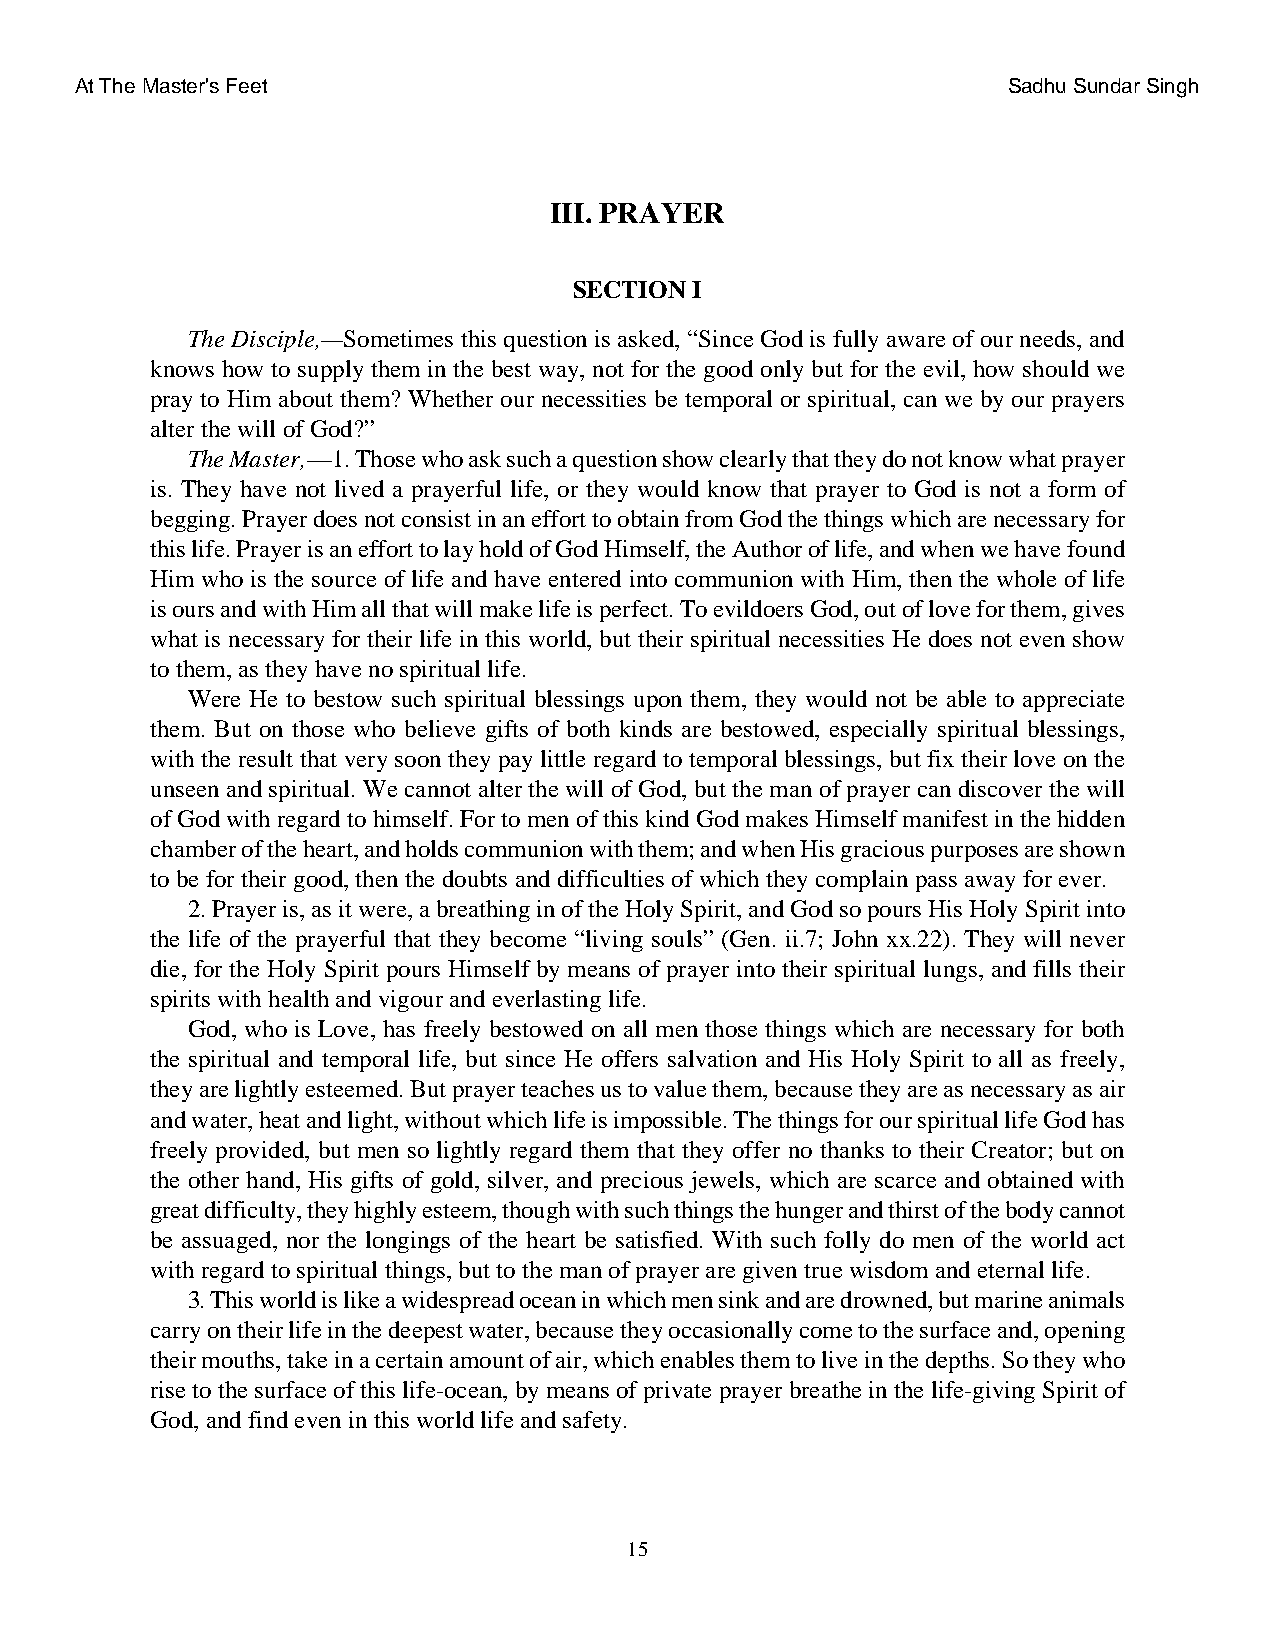
At The Master's Feet                                          Sadhu Sundar Singh
 III. PRAYER
 SECTION I
 The Disciple,—Sometimes this question is asked, “Since God is fully aware of our needs, and
 knows how to supply them in the best way, not for the good only but for the evil, how should we
 pray to Him about them? Whether our necessities be temporal or spiritual, can we by our prayers
 alter the will of God?”
 The Master,—1. Those who ask such a question show clearly that they do not know what prayer
 is. They have not lived a prayerful life, or they would know that prayer to God is not a form of
 begging. Prayer does not consist in an effort to obtain from God the things which are necessary for
 this life. Prayer is an effort to lay hold of God Himself, the Author of life, and when we have found
 Him who is the source of life and have entered into communion with Him, then the whole of life
 is ours and with Him all that will make life is perfect. To evildoers God, out of love for them, gives
 what is necessary for their life in this world, but their spiritual necessities He does not even show
 to them, as they have no spiritual life.
 Were He to bestow such spiritual blessings upon them, they would not be able to appreciate
 them. But on those who believe gifts of both kinds are bestowed, especially spiritual blessings,
 with the result that very soon they pay little regard to temporal blessings, but fix their love on the
 unseen and spiritual. We cannot alter the will of God, but the man of prayer can discover the will
 of God with regard to himself. For to men of this kind God makes Himself manifest in the hidden
 chamber of the heart, and holds communion with them; and when His gracious purposes are shown
 to be for their good, then the doubts and difficulties of which they complain pass away for ever.
 2. Prayer is, as it were, a breathing in of the Holy Spirit, and God so pours His Holy Spirit into
 the life of the prayerful that they become “living souls” (Gen. ii.7; John xx.22). They will never
 die, for the Holy Spirit pours Himself by means of prayer into their spiritual lungs, and fills their
 spirits with health and vigour and everlasting life.
 God, who is Love, has freely bestowed on all men those things which are necessary for both
 the spiritual and temporal life, but since He offers salvation and His Holy Spirit to all as freely,
 they are lightly esteemed. But prayer teaches us to value them, because they are as necessary as air
 and water, heat and light, without which life is impossible. The things for our spiritual life God has
 freely provided, but men so lightly regard them that they offer no thanks to their Creator; but on
 the other hand, His gifts of gold, silver, and precious jewels, which are scarce and obtained with
 great difficulty, they highly esteem, though with such things the hunger and thirst of the body cannot
 be assuaged, nor the longings of the heart be satisfied. With such folly do men of the world act
 with regard to spiritual things, but to the man of prayer are given true wisdom and eternal life.
 3. This world is like a widespread ocean in which men sink and are drowned, but marine animals
 carry on their life in the deepest water, because they occasionally come to the surface and, opening
 their mouths, take in a certain amount of air, which enables them to live in the depths. So they who
 rise to the surface of this life-ocean, by means of private prayer breathe in the life-giving Spirit of
 God, and find even in this world life and safety.
 15